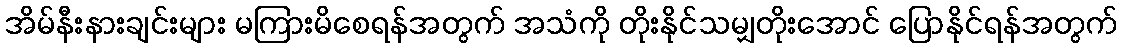
အိမ်နီးနားချင်းများ မကြားမိစေရန်အတွက် အသံကို တိုးနိုင်သမျှတိုးအောင် ပြောနိုင်ရန်အတွက်